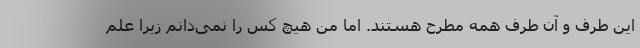
این طرف و آن طرف همه مطرح هستند. اما من هیچ کس را نمی‌دانم زیرا علم